system: You are a helpful assistant.
user:
Analyze the provided spectrum to determine if it is a **"Cataclysmic Variables (CV)"**.

- **Key Indicators for CV (Check for either state):**
    - **State 1: Quiescent / Low-State (Emission-Dominated)**
        - **(Primary):** Strong and *very broad* Hydrogen Balmer emission lines (e.g., $H\alpha$ at 6563 Å, $H\beta$ at 4861 Å). The 'broadness' (high velocity dispersion, often FWHM > 1000 km/s) is the key diagnostic, indicating a high-velocity accretion disk.
        - **(Secondary):** Broad neutral Helium (He I) emission lines (e.g., 5876 Å, 6678 Å).
        - **(Key Confirmation):** Presence of high-excitation *ionized* Helium (He II) emission at 4686 Å. This is a strong indicator of accretion onto a white dwarf.
        - **(Line Profile):** Emission lines may exhibit a 'double-peaked' profile, which is a classic signature of a rotating accretion disk viewed at high inclination.

    - **State 2: Outburst / High-State (Absorption-Dominated)**
        - **(Primary):** Spectrum is dominated by a bright, blue continuum (looks like a hot star).
        - **(Secondary):** The emission lines from State 1 are weak, absent, or 'filled in', and are replaced by broad, shallow *absorption* lines (primarily Balmer and He I).
        - **(Morphology):** The overall spectrum mimics a hot B/A-type star. The crucial difference is that the absorption lines are significantly broader, shallower, and more 'washed-out' (or 'smeared') than the sharp lines of a normal stellar photosphere, due to high rotational speeds and pressure broadening in the disk.

Think first, call **spectral_visualization_tool** if needed to examine features in detail, then provide your final answer. Your response must adhere to the following strict rules:
1.  **Overall Structure:** Your response must follow the format `<think>...</think> <tool_call>...</tool_call> (if a tool is used) <answer>...</answer>`.
2.  **Tool Usage Constraint:** You may only make **one** tool call per turn.
3.  **Final Answer Format:** In the `<answer>` tag, your conclusion must be inside a `\boxed{}` command (e.g., `\boxed{YES}`), followed by your justification.

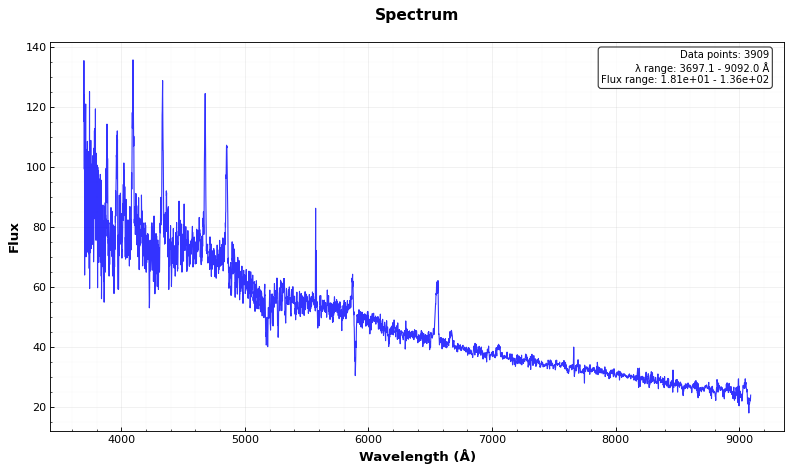
Answer: YES